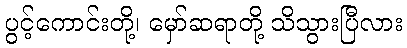
ပွင့်ကောင်းတို့၊ မှော်ဆရာတို့ သိသွားပြီလား